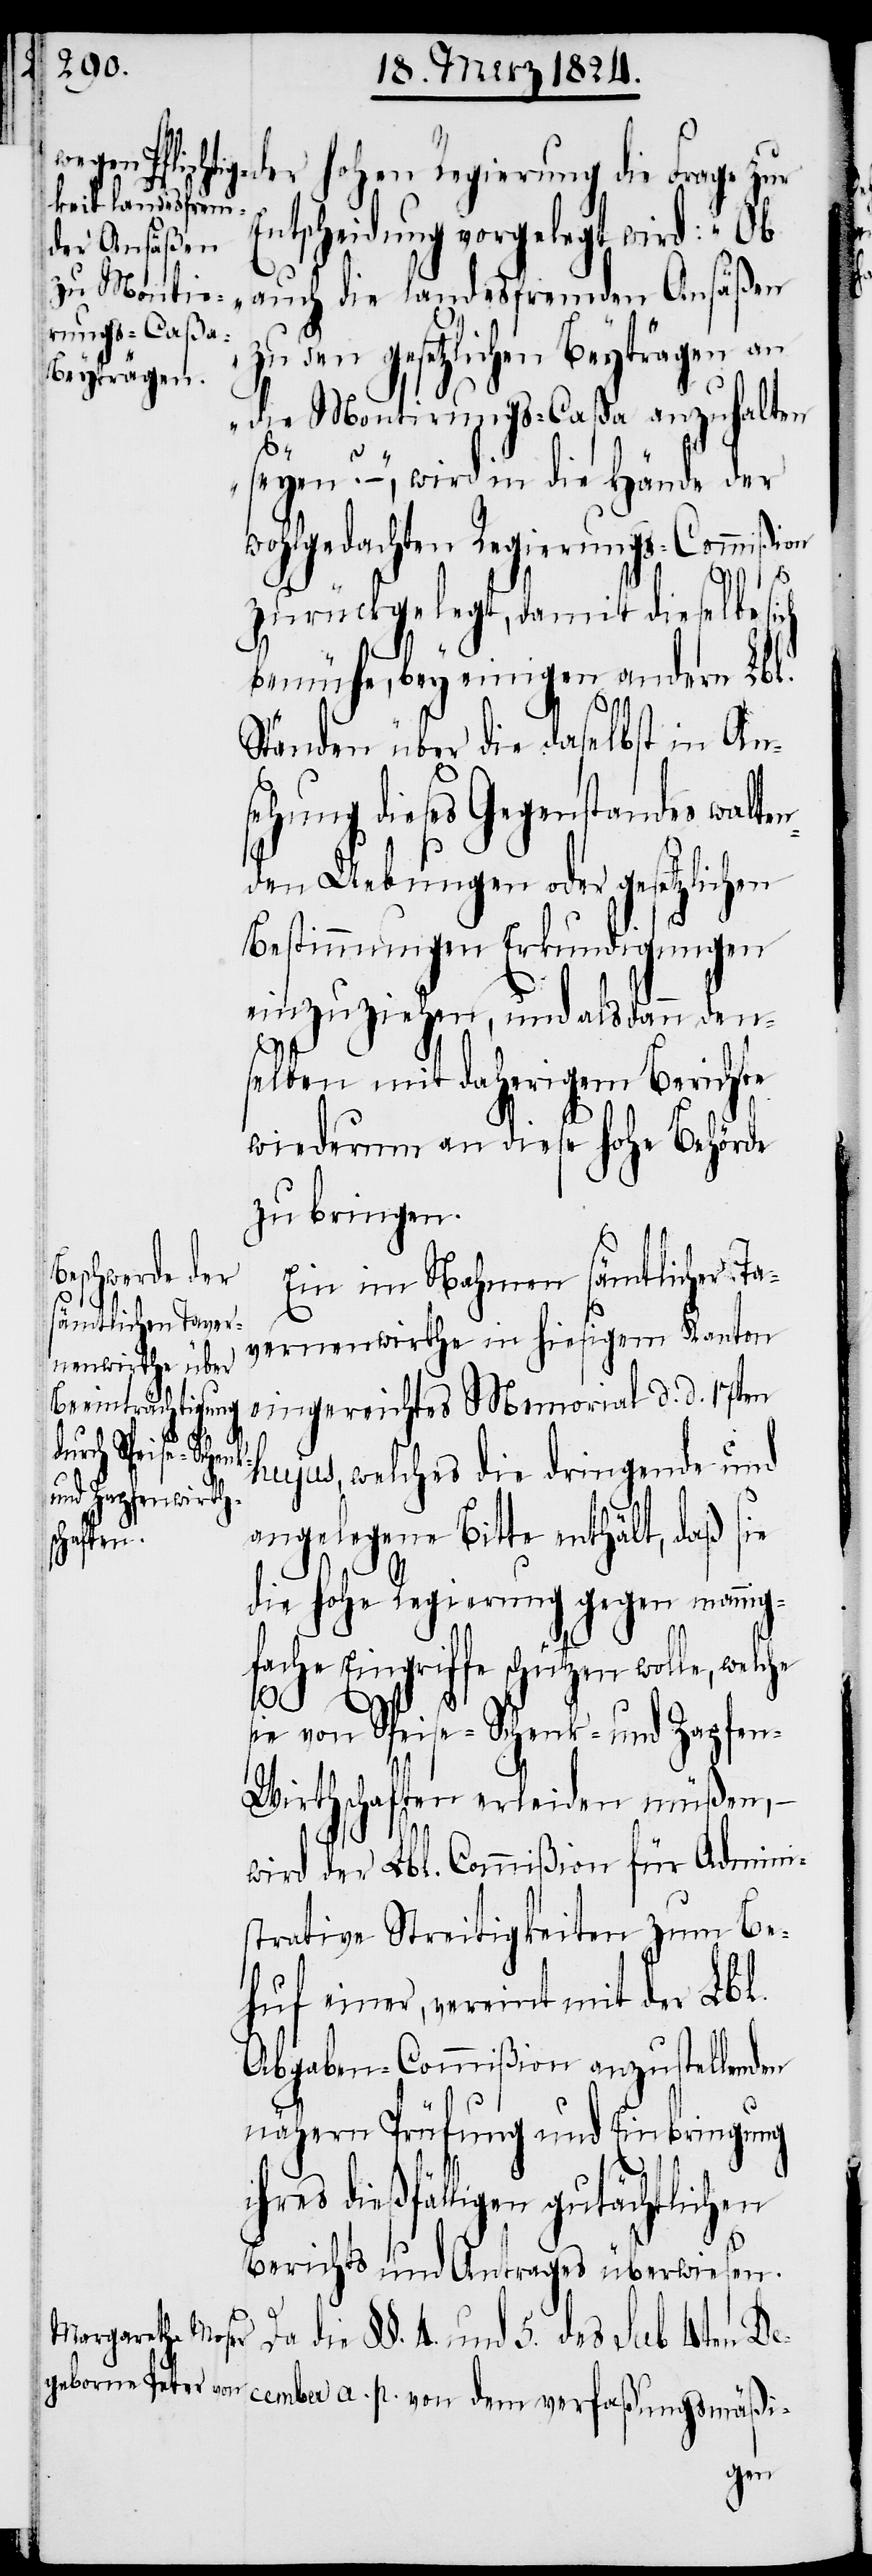
der hohen Regierung die Frage zur
Entscheidung vorgelegt wird: „Ob
auch die landesfremden Ansäßen
zu den gesetzlichen Beyträgen an
die Montirungs-Caßa anzuhalten
seyen?“ –, wird in die Hände der
wohlgedachten Regierungs-Commißion
zurückgelegt, damit dieselbe
bemühe, bey einigen andern Lbl.
Ständen über die daselbst in An¬
sehung dieses Gegenstandes walte¬
nden Uebungen oder gesetzlichen
Bestimmungen Erkundigungen
einzuziehen, und als dann den¬
selben mit daherigem Berichte
wiederum an diese hohe Behörde
zu bringen.
Ein im Nahmen sämtlicher Ta¬
vernenwirthe in hiesigem Kanton
eingereichtes Memorial d. d. 17ten
hujus, welches die dringende und
angelegene Bitte enthält, daß sie
die hohe Regierung gegen mannig¬
fache Eingriffe schützen wolle, welche
s¬
ie von Speise- Schenk und Zapfen-
Wirthschaften erleiden müßen, –
wird der Lbl. Commißion für Admini¬
strative Streitigkeiten zum Be¬
huf einer, vereint mit der Lbl.
Abgaben-Commißion anzustellenden
nähern Prüfung und Einbringung
ihres dießfälligen gutächtlichen
Berichts und Antrages überwiesen.
die §§. 4. und 5. des sub 4ten De¬
cember a. p. von dem verfaßungsmäßi-